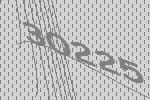
30225